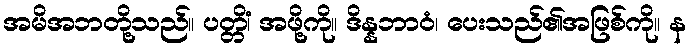
အမိအဘတို့သည်။ ပတ္တိံ၊ အဖို့ကို။ ဒိန္နဘာဝံ၊ ပေးသည်၏အဖြစ်ကို။ န